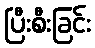
ပြီးစီးခြင်း